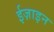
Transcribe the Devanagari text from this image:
ईज़ाइन